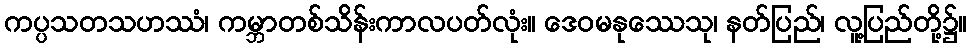
ကပ္ပသတသဟဿံ၊ ကမ္ဘာတစ်သိန်းကာလပတ်လုံး။ ဒေဝမနုဿေသု၊ နတ်ပြည်၊ လူ့ပြည်တို့၌။